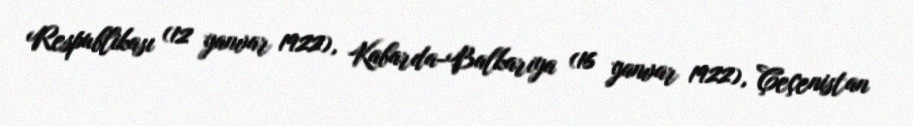
Respublikası (12 yanvar 1922), Kabarda-Balkariya (16 yanvar 1922), Çeçenistan